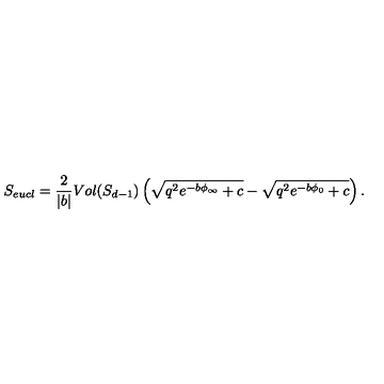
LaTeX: S _ { e u c l } = { \frac { 2 } { | b | } } V o l ( S _ { d - 1 } ) \left( \sqrt { q ^ { 2 } e ^ { - b \phi _ { \infty } } + c } - \sqrt { q ^ { 2 } e ^ { - b \phi _ { 0 } } + c } \right) .